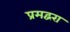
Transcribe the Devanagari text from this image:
प्रमद्वरा